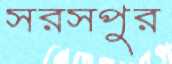
সরসপুর